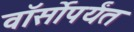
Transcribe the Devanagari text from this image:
वॉर्सोपर्यंत